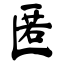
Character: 匿